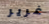
غرير